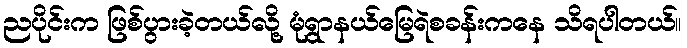
ညပိုင်းက ဖြစ်ပွားခဲ့တယ်လို့ မုံရွာနယ်မြေရဲစခန်းကနေ သိရပါတယ်။